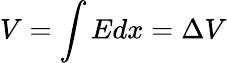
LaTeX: V=\int Edx=\Delta V